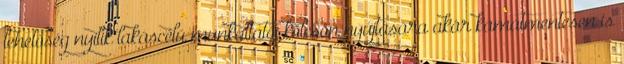
lehetőség nyílik lakáscélú munkáltatói kölcsön nyújtására akár kamatmentesen is